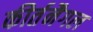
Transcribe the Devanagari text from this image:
कीर्तनैगल